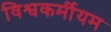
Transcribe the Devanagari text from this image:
विश्वकर्मीयम